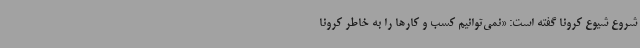
شروع شیوع کرونا گفته است: «نمی‌توانیم کسب و کارها را به خاطر کرونا